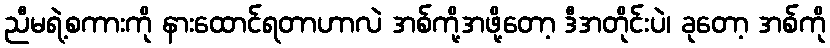
ညီမရဲ့စကားကို နားထောင်ရတာဟာလဲ အစ်ကို့အဖို့တော့ ဒီအတိုင်းပဲ၊ ခုတော့ အစ်ကို